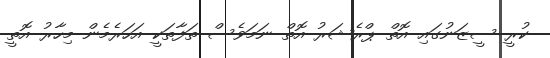
ކުރީ ސީޒަނުގައި އޮތް ޕްރެޝަރު އޮތް ނަމަވެސް ތަފާތަކީ އަހަރެމެން މިހާރު އޮތީ